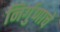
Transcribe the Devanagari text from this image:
निर्गुणाचे